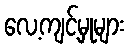
လေ့ကျင့်မှုများ